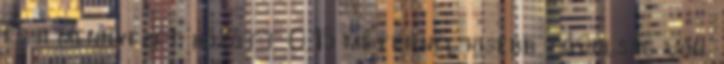
és a mennyezet között 0,15 méternél kisebb távolság van.